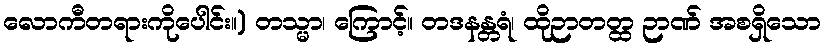
လောကီတရားကိုပေါင်း။) တသ္မာ၊ ကြောင့်။ တဒနန္တရံ၊ ထိုဉာတတ္ထ ဉာဏ် အစရှိသော